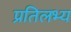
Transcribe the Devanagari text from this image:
प्रतिलभ्य